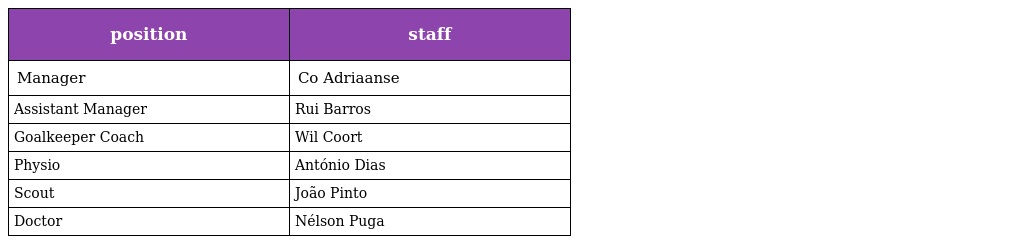
| position | staff |
 | --- | --- |
 | Manager | Co Adriaanse |
 | Assistant Manager | Rui Barros |
 | Goalkeeper Coach | Wil Coort |
 | Physio | António Dias |
 | Scout | João Pinto |
 | Doctor | Nélson Puga |